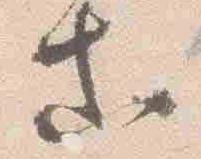
等